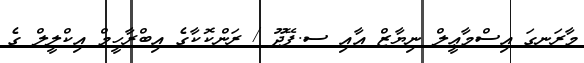
މާރަނގަ އިސްމާޢީލް ނިޔާޒް އާއި ސ.ފޭދޫ / ރަންކޮކާގެ އިބްރާހީމް އިކްލީލް ގެ